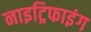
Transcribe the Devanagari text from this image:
नाइट्रिफाइंग